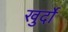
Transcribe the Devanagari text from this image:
खुर्दो